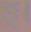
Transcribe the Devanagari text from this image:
ङ्।